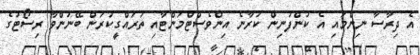
އެ ދިރާސާ ނިންމައި އެ ކުންފުނިން ކުރާނެ އިންވެސްޓްމަންޓާއި ތަރައްގީކުރަން ބޭނުންވާ ރިސޯޓުގެ